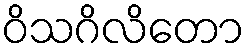
ဝိသဂိလိတော